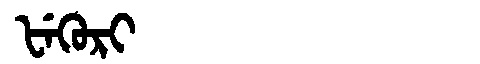
Manchu: ᡶᡝᡴᡠᡵᡳ
Romanization: FEKURI